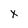
Character: x